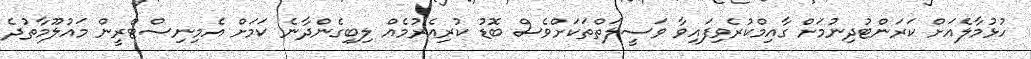
ހުޅުމާލެއަށް ކަރަންޓުދިނުމަށް ގާއިމްކުރެވިފައިވާ ވަސީލަތްތަކަށްވެސް ބޮޑު ކުރިއެރުމެއް ލިބިގެންދާނެ ކަމަށް އެމިނިސްޓްރީން މައުލޫމާތުދެ